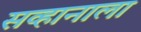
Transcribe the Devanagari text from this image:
सव्हानाला